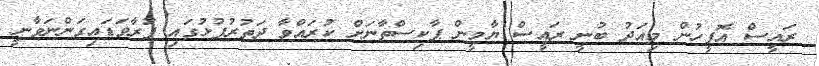
ރައީސް އޮފީހުން މިއަދު ބުނީ ރައީސް ޔާމީން ޕާކިސްތާނަށް ކުރައްވާ ދަތުރުފުޅުގައި ފުރާވަޑައިގަންނަވާނީ